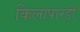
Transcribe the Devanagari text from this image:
किलापारडी